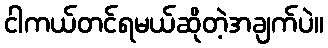
ငါကယ်တင်ရမယ်ဆိုတဲ့အချက်ပဲ။